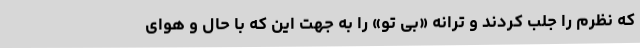
که نظرم را جلب کردند و ترانه «بی تو» را به جهت این که با حال و هوای